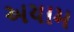
અયામ